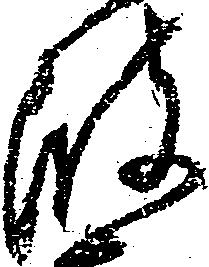
波